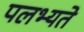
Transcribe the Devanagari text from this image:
पलभ्यते